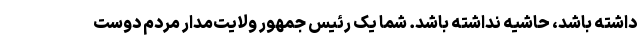
داشته باشد، حاشیه نداشته باشد. شما یک رئیس جمهور ولایت‌مدار مردم دوست